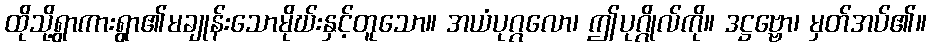
ထိုသို့ရွာကားရွာ၏မချုန်းသောမိုဃ်းနှင့်တူသော။ အယံပုဂ္ဂလော၊ ဤပုဂ္ဂိုလ်ကို။ ဒဋ္ဌဗ္ဗော၊ မှတ်အပ်၏။